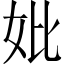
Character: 妣